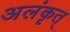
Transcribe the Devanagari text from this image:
अलंकृत्‌